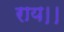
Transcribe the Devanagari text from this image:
राय।।